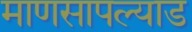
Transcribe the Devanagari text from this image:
माणसापल्याड